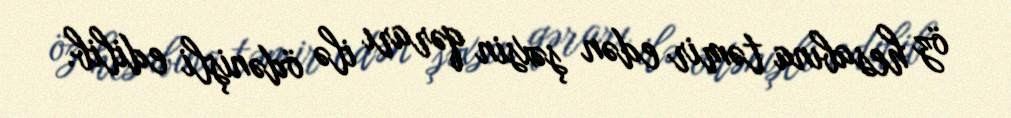
öz hesabına təmir edən şəxsin qərarı ilə ödənişli edilib.